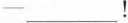
-___!